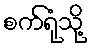
စက်ရုံသို့